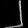
Digit: ၂